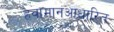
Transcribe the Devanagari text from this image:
हवामानआधारित